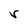
Character: r